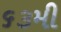
૬૩મી